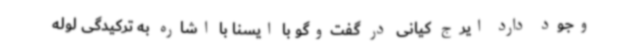
وجود دارد ایرج کیانی در گفت‌وگو با ایسنا با اشاره به ترکیدگی لوله